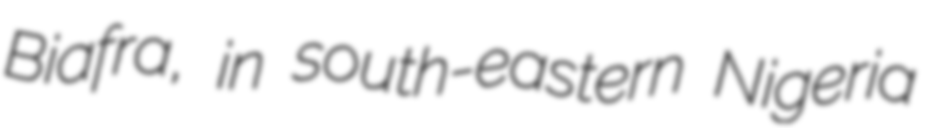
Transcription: Biafra, in south-eastern Nigeria